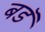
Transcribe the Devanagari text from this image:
बडॅ